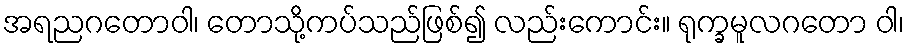
အရညဂတောဝါ၊ တောသို့ကပ်သည်ဖြစ်၍ လည်းကောင်း။ ရုက္ခမူလဂတော ဝါ၊